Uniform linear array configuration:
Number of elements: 4
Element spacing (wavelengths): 1
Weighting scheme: hamming
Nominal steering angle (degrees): -30
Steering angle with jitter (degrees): -30.879
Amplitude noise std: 0.05
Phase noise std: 0.05

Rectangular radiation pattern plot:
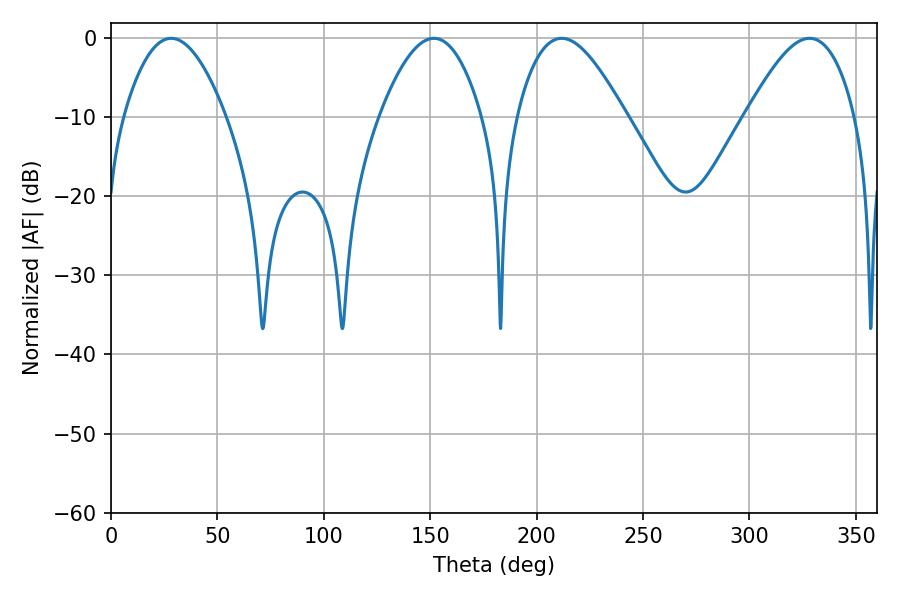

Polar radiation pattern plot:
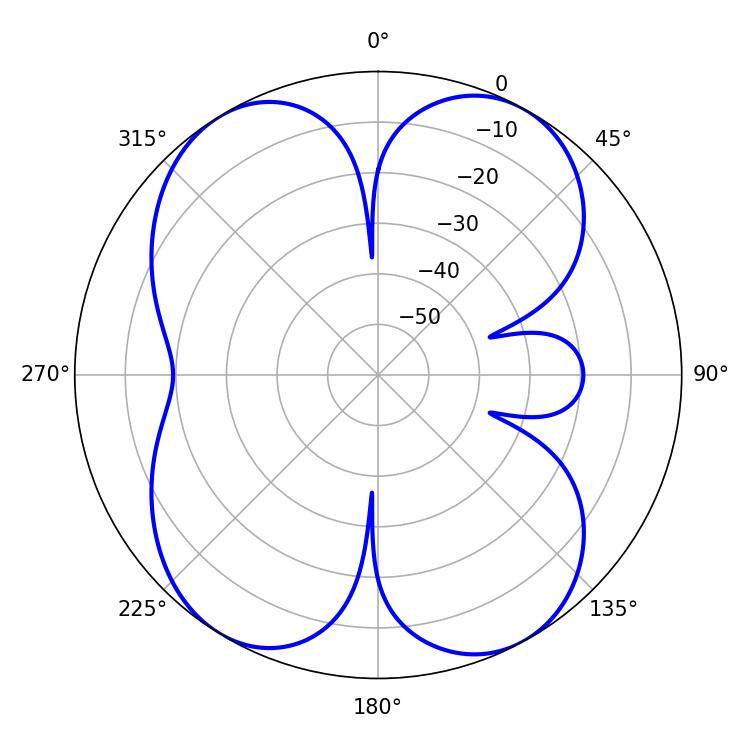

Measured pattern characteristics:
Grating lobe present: TRUE
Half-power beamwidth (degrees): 26.28
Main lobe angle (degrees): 28.26